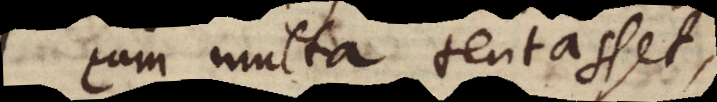
cum multa tentasset,